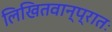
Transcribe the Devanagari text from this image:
लिखितवान्प्रातः